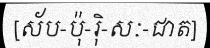
[ស័ប-ប៉ុ-រ៉ិ-សៈ-ជាត]